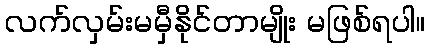
လက်လှမ်းမမှီနိုင်တာမျိုး မဖြစ်ရပါ။